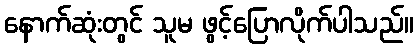
နောက်ဆုံးတွင် သူမ ဖွင့်ပြောလိုက်ပါသည်။